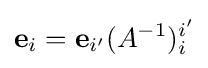
\mathbf {e} _{i}=\mathbf {e} _{i'}(A^{-1})_{i}^{i'}